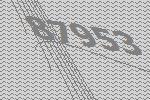
87953